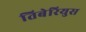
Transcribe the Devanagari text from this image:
तिबेरियुस